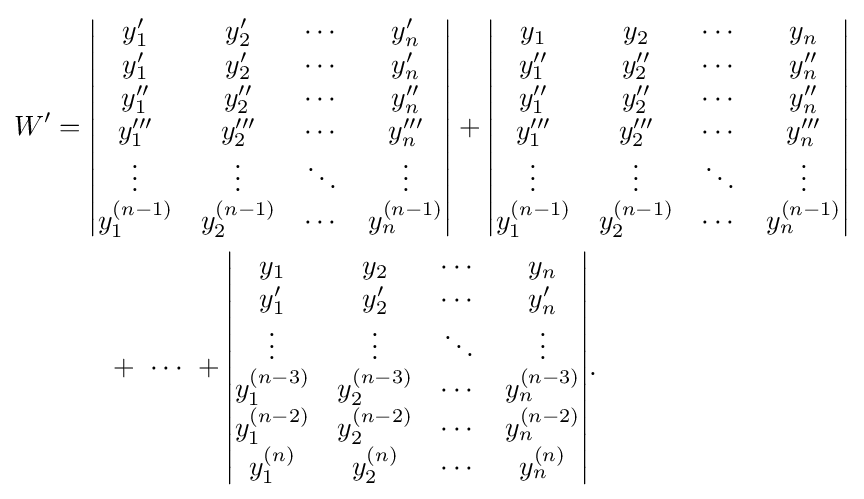
{\begin{aligned}W'&={\begin{vmatrix}y'_{1}&y'_{2}&\cdots &y'_{n}\\y'_{1}&y'_{2}&\cdots &y'_{n}\\y''_{1}&y''_{2}&\cdots &y''_{n}\\y'''_{1}&y'''_{2}&\cdots &y'''_{n}\\\vdots &\vdots &\ddots &\vdots \\y_{1}^{(n-1)}&y_{2}^{(n-1)}&\cdots &y_{n}^{(n-1)}\end{vmatrix}}+{\begin{vmatrix}y_{1}&y_{2}&\cdots &y_{n}\\y''_{1}&y''_{2}&\cdots &y''_{n}\\y''_{1}&y''_{2}&\cdots &y''_{n}\\y'''_{1}&y'''_{2}&\cdots &y'''_{n}\\\vdots &\vdots &\ddots &\vdots \\y_{1}^{(n-1)}&y_{2}^{(n-1)}&\cdots &y_{n}^{(n-1)}\end{vmatrix}}\\&\qquad +\ \cdots \ +{\begin{vmatrix}y_{1}&y_{2}&\cdots &y_{n}\\y'_{1}&y'_{2}&\cdots &y'_{n}\\\vdots &\vdots &\ddots &\vdots \\y_{1}^{(n-3)}&y_{2}^{(n-3)}&\cdots &y_{n}^{(n-3)}\\y_{1}^{(n-2)}&y_{2}^{(n-2)}&\cdots &y_{n}^{(n-2)}\\y_{1}^{(n)}&y_{2}^{(n)}&\cdots &y_{n}^{(n)}\end{vmatrix}}.\end{aligned}}